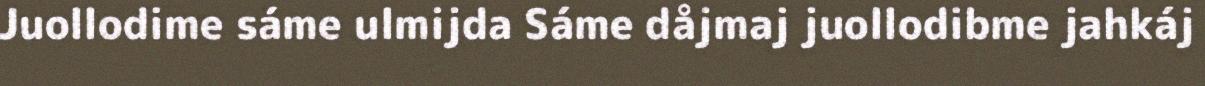
Juollodime sáme ulmijda Sáme dåjmaj juollodibme jahkáj